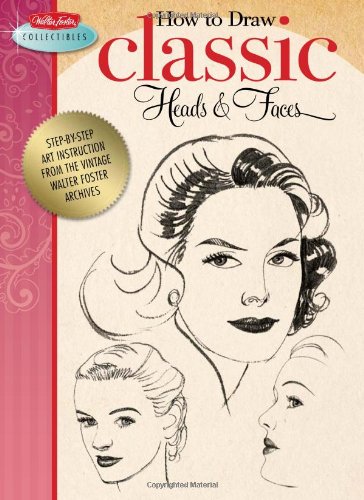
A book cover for How to Draw Classic Heads & Faces: Step-by-step art instruction from the vintage Walter Foster archives (Walter Foster Collectibles); Walter Foster; Arts & Photography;